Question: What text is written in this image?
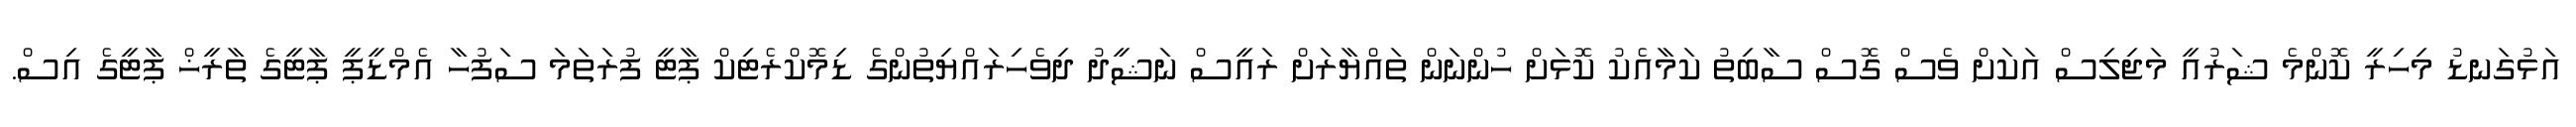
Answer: އަޅުގަނޑު މިހިރީ ކޮންމެ ޝަރުއީ މަޖިލިސް އަކަށް ވެސް ގޮސް ސާބިތު ކަމާއެކު ކޮޅަށް ހުންނަން ތައްޔާރަށް ރައީސް ނަޝީދު ދިވެހިރައްޔިތުންގެ ޑިމޮކްރެޓިކް ޕާޓީ ފުރަތަމަ ސަފުހާ އެމްޑީޕީ ޕާޓީގެ ތާރީޚް ޕާޓީގެ އިސް.